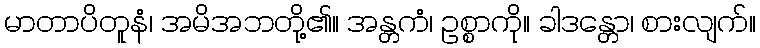
မာတာပိတူနံ၊ အမိအဘတို့၏။ အန္တကံ၊ ဥစ္စာကို။ ခါဒန္တော၊ စားလျက်။